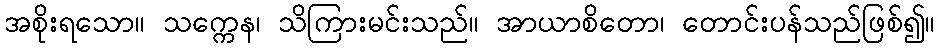
အစိုးရသော။ သက္ကေန၊ သိကြားမင်းသည်။ အာယာစိတော၊ တောင်းပန်သည်ဖြစ်၍။